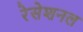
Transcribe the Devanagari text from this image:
रेसेशनल